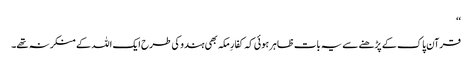
‘‘
قرآن پاک کے پڑھنے سے یہ بات ظاہر ہوئی کہ کفارِ مکہ بھی ہندو کی طرح ایک اللہ کے منکر نہ تھے۔